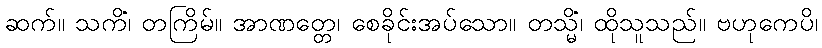
ဆက်။ သကိံ၊ တကြိမ်။ အာဏတ္တေ၊ စေခိုင်းအပ်သော။ တသ္မိံ၊ ထိုသူသည်။ ဗဟုကေပိ၊